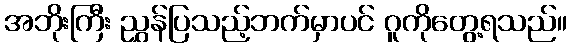
အဘိုးကြီး ညွှန်ပြသည့်ဘက်မှာပင် ဂူကိုတွေ့ရသည်။